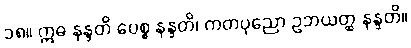
၁၈။ ဣဓ နန္ဒတိ ပေစ္စ နန္ဒတိ၊ ကတပုညော ဥဘယတ္ထ နန္ဒတိ။